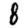
Digit: 8